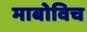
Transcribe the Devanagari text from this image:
माबोविच